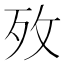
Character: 𭣤